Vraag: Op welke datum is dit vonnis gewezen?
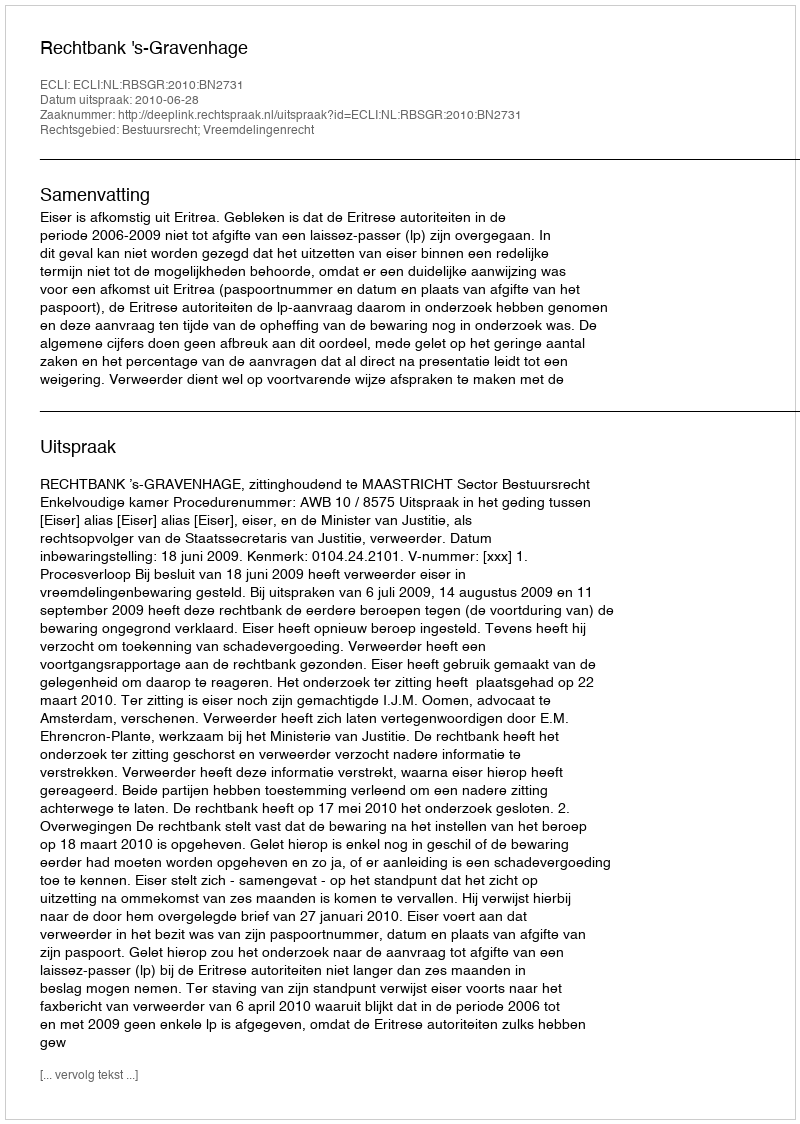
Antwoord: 2010-06-28